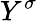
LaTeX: Y^{\sigma}